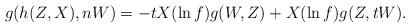
LaTeX: \begin{align*}g(h(Z, X), nW) = -tX(\ln f)g(W, Z)+X (\ln f)g(Z, tW).\end{align*}